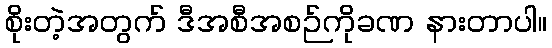
စိုးတဲ့အတွက် ဒီအစီအစဉ်ကိုခဏ နားတာပါ။